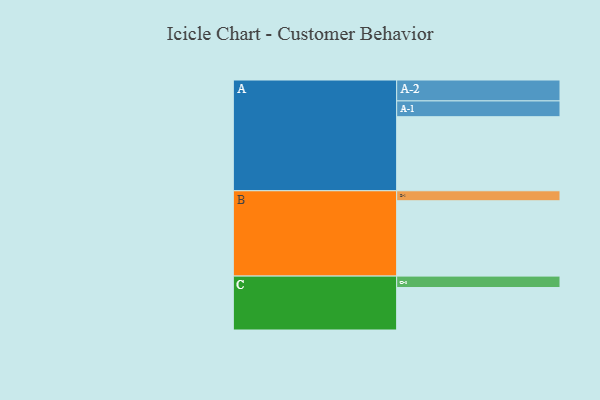
{"axis": {"x": "Segment", "y": "Value"}, "legend": ["", "A", "B", "C"], "data": [{"x": "A", "y": 577, "type": ""}, {"x": "B", "y": 587, "type": ""}, {"x": "C", "y": 331, "type": ""}, {"x": "A-1", "y": 123, "type": "A"}, {"x": "A-2", "y": 163, "type": "A"}, {"x": "B-1", "y": 78, "type": "B"}, {"x": "C-1", "y": 89, "type": "C"}]}